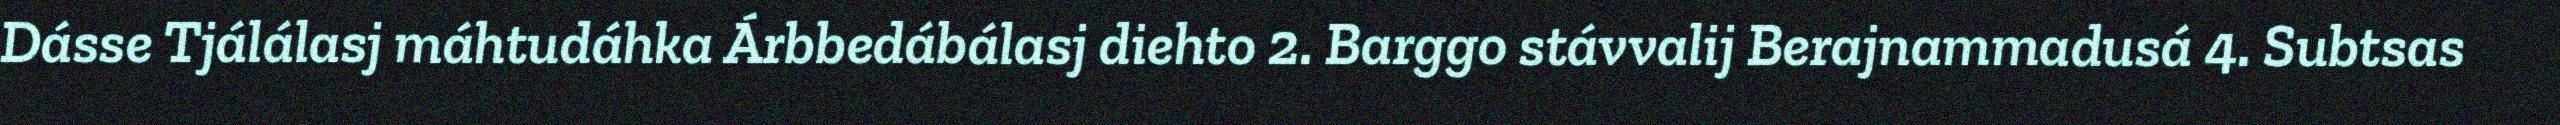
Dásse Tjálálasj máhtudáhka Árbbedábálasj diehto 2. Barggo stávvalij Berajnammadusá 4. Subtsas